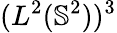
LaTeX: (L^{2}(\mathbb{S}^{2}))^{3}